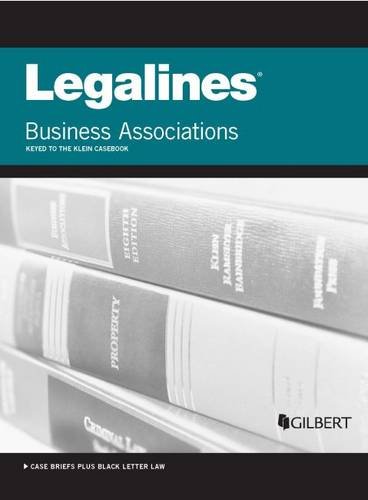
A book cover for Legalines on Business Associations, Keyed to Klein; Publishers Editorial Staff; Law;